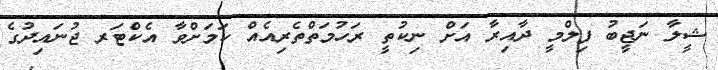
ޝީލާ ނަޖީބު ފިލްމީ ދާއިރާ އަށް ނިކުތީ ރަހުމަތްތެރިއެއް ކަމަށްވާ އެކްޓަރ ޖުނައިދުގެ